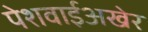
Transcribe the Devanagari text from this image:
पेशवाईअखेर